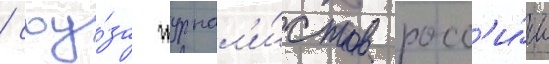
/ соу́за журнал'и́стов росс'и́и